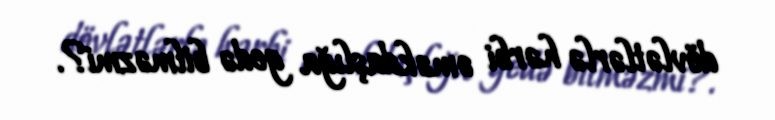
dövlətlərlə hərbi əməkdaşlığa gedə bilməzmi?.